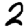
Digit: 2